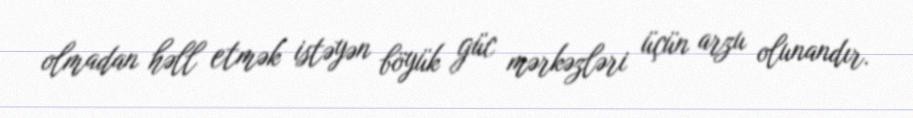
olmadan həll etmək istəyən böyük güc mərkəzləri üçün arzu olunandır.